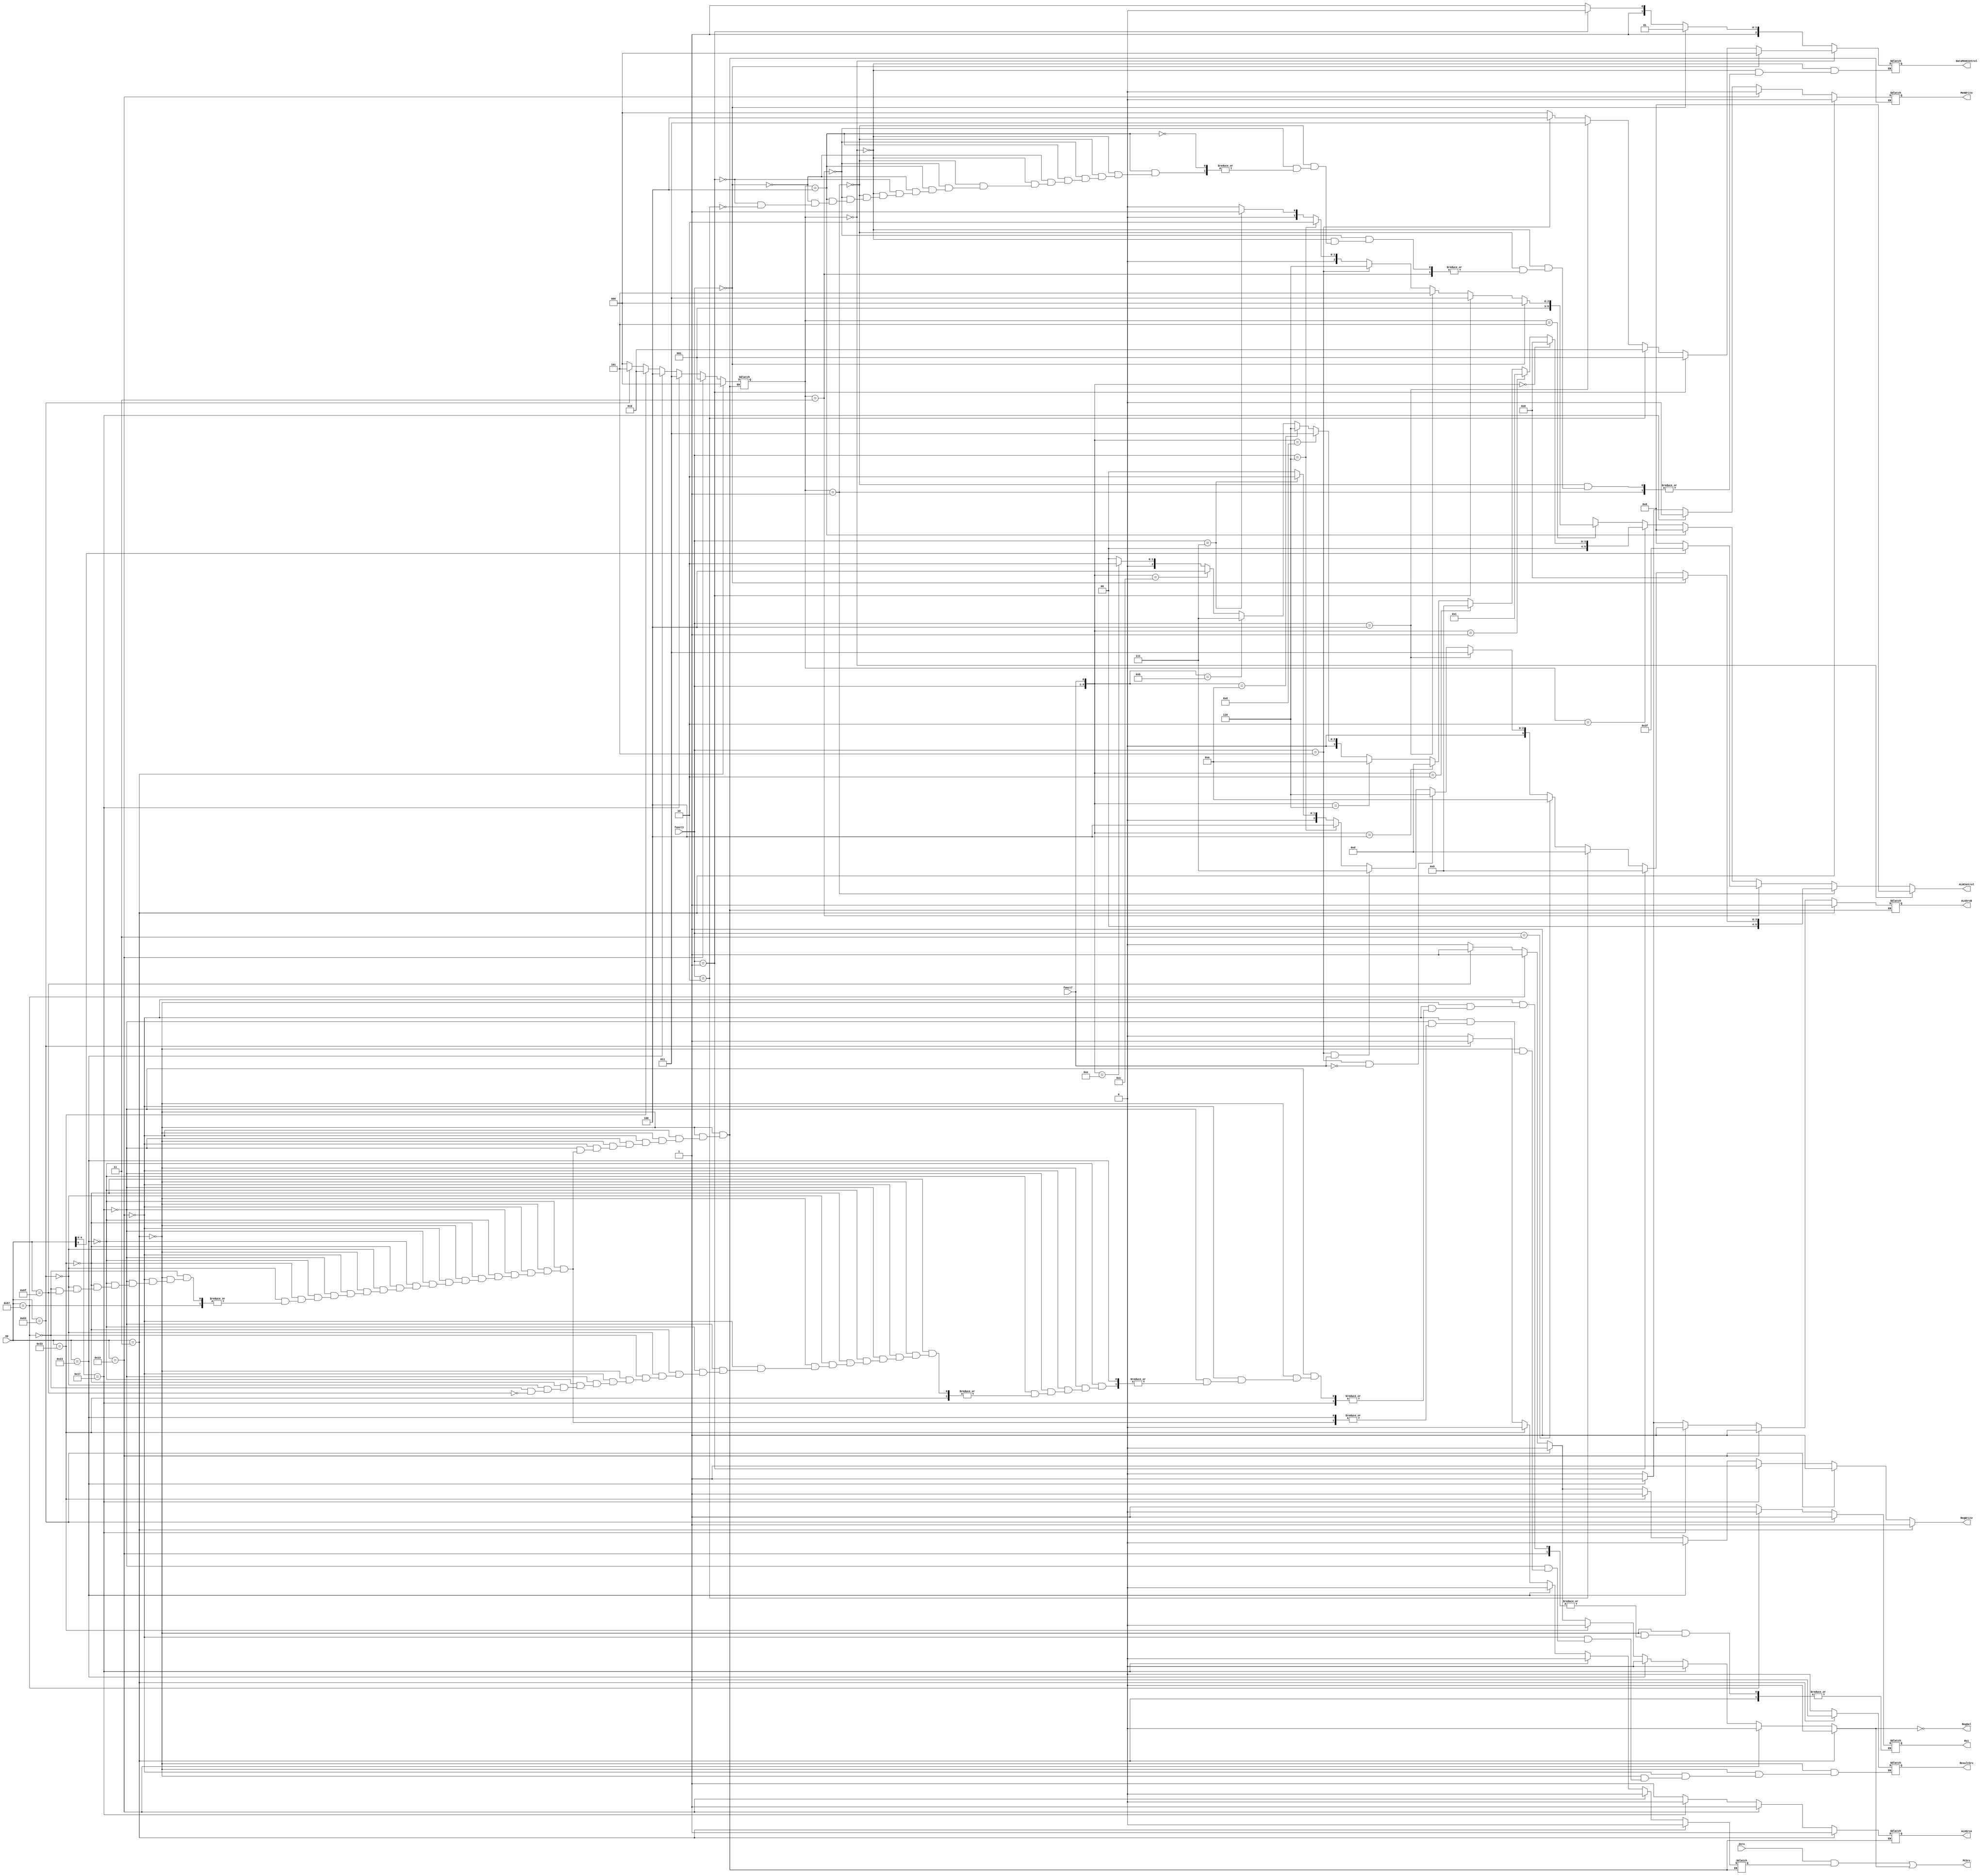
module ControlUnit(
  input [6:0] op,
  input [2:0] funct3,
  input funct7, Zero,
  output PCSrc,
  output reg ResultSrc, MemWrite, ALUSrcA, ALUSrcB, RegWrite, Rs1, 
  output wire RegSel,
  output reg [5:0] ALUControl,
  output reg [2:0] DataMemControl
  );
  reg [2:0] ALUOp;
  reg Branch;
  reg Jal;
  
  /** Main Decoder: */
  always @* begin
    if (op == 7'b0000011) begin               // I type (load) 
      RegWrite  = 1;
      ALUSrcA   = 1;
      ALUSrcB   = 1;
      MemWrite  = 0;
      ResultSrc = 1;
      Branch    = 0; 
      Jal				= 0;
      ALUOp     = 3'd0;
    
    end else if (op == 7'b0010011) begin      // I type (R imm) 
      RegWrite  = 1;
      ALUSrcA   = 1;
      ALUSrcB   = 1;
      MemWrite  = 0;
      ResultSrc = 0; 
      Branch    = 0; 
      Jal				= 0;
      ALUOp     = 3'd1;
      
    end else if (op[4:0] == 5'b10111) begin   // U type 
			RegWrite  = 1;
			ALUSrcA   = 0;
			ALUSrcB   = 1;
			MemWrite  = 0;
			ResultSrc = 0; 
			Branch    = 0; 
			Jal				= 0;
			ALUOp     = 3'd3;
    	
    end else if (op == 7'b0100011) begin      // S type 
      RegWrite  = 0;
      ALUSrcA   = 1;
      ALUSrcB   = 1;
      MemWrite  = 1;
      //ResultSrc = 0; 
      Branch    = 0; 
      Jal				= 0;
      ALUOp     = 3'd4;
    
    end else if (op == 7'b0110011) begin      // R type
      RegWrite  = 1;
      ALUSrcA   = 1;
      ALUSrcB   = 0;
      MemWrite  = 0;
      ResultSrc = 0;
      Branch    = 0;
      Jal				= 0; 
      ALUOp     = 3'd2;
    
    end else if (op == 7'b1100011) begin      // B type
      RegWrite  = 0;
      ALUSrcA   = 1;
      ALUSrcB   = 0;
      MemWrite  = 0;
      Rs1				= 1;
      ResultSrc = 0;
      Branch    = 1; 
      Jal				= 0;
      ALUOp     = 3'd5;
      
    end else if (op == 7'b1100111) begin      // I type (jalr)
      RegWrite  = 1;
      Rs1				= 0;
      Jal				= 1;
      
    end else if (op == 7'b1101111) begin      // J type (jal)
      RegWrite  = 1;
      Rs1				= 1;
      Jal				= 1;
    
    end else begin 
      RegWrite  = 0;
      ALUSrcA   = 1;
      ALUSrcB   = 0;
      MemWrite  = 0;
      ResultSrc = 0;
      Branch    = 0; 
      Jal				= 0;
      ALUOp     = 3'd0;
    end
  end
  
  assign RegSel = ~Jal;
  assign PCSrc = (Zero && Branch) || Jal;
    
  /** ALU Decoder: */
  always @* begin
    
    // I TYPE (load):
    if (ALUOp == 3'd0) begin 
            
      ALUControl = 6'd0;	// adres hesaplama
    	if 			(funct3 == 3'd0)  DataMemControl = 3'd0; 	//lb   
    	else if (funct3 == 3'd1)  DataMemControl = 3'd1; 	//lh 
    	else if (funct3 == 3'd2)  DataMemControl = 3'd2; 	//lw 
    	else if (funct3 == 3'd4)  DataMemControl = 3'd3; 	//lbu
    	else if (funct3 == 3'd5)  DataMemControl = 3'd4; 	//lwu
    	else 											DataMemControl = 3'd0;	
    	
    	
    // I TYPE (load):
    end else if (ALUOp == 3'd1) begin
    	
    	if      (funct3 == 3'b000) 										ALUControl = 6'd0;  //addi
      else if (funct3 == 3'b001) 										ALUControl = 6'd5;  //slli
      else if (funct3 == 3'b010)									  ALUControl = 6'd13; //slti
      else if (funct3 == 3'b011)										ALUControl = 6'd10; //sltiu
      else if (funct3 == 3'b100)										ALUControl = 6'd3;  //xori
      else if (funct3 == 3'b101 & funct7 == 1'b0) 	ALUControl = 6'd6;  //srli
      else if (funct3 == 3'b101 & funct7 == 1'b1) 	ALUControl = 6'd7;  //srai
      else if (funct3 == 3'b110) 										ALUControl = 6'd4;  //ori
      else if (funct3 == 3'b111) 										ALUControl = 6'd2;  //andi
      else 																					ALUControl = 6'd0;
    
    
    // U TYPE:
    end else if (ALUOp == 3'd3) begin
    	
    	if (op[5] == 1) ALUControl = 6'd63; //lui
    	else					  ALUControl = 6'd0; //auipc
    	
    	
    // S TYPE:
    end else if (ALUOp == 3'd4) begin
    
    	ALUControl = 6'd0;																										
      if		  (funct3 == 3'd0) DataMemControl = 3'd5;	//sb
      else if (funct3 == 3'd1) DataMemControl = 3'd6;	//sh
      else if (funct3 == 3'd2) DataMemControl = 3'd7;	//sw
      
      
    // R TYPE:
    end else if (ALUOp == 3'd2) begin 
      
      if      ({funct3,funct7} == 4'b0000) 	ALUControl = 6'd0;  //add
      else if ({funct3,funct7} == 4'b0001) 	ALUControl = 6'd1;  //sub 
      else if ({funct3,funct7} == 4'b0010) 	ALUControl = 6'd5;  //sll
      else if ({funct3,funct7} == 4'b0100) 	ALUControl = 6'd13; //slt 
      else if ({funct3,funct7} == 4'b0110) 	ALUControl = 6'd10; //sltu
      else if ({funct3,funct7} == 4'b1000) 	ALUControl = 6'd3;  //xor
      else if ({funct3,funct7} == 4'b1010) 	ALUControl = 6'd6;  //srl 
      else if ({funct3,funct7} == 4'b1011) 	ALUControl = 6'd7;  //sra 
      else if ({funct3,funct7} == 4'b1100) 	ALUControl = 6'd4;  //or
      else if ({funct3,funct7} == 4'b1110) 	ALUControl = 6'd2;  //and
      else 																	ALUControl = 6'd0;
    
    
    // B TYPE:
    end else if (ALUOp == 3'd5) begin
    	
    	if      (funct3 == 3'b000) 	ALUControl = 6'd8;  //beq
 			else if (funct3 == 3'b001) 	ALUControl = 6'd11;	//bne
 			else if (funct3 == 3'b100)	ALUControl = 6'd13;	//blt
 			else if (funct3 == 3'b101)	ALUControl = 6'd14;	//bge
 			else if (funct3 == 3'b110)	ALUControl = 6'd10;	//bltu
 			else if (funct3 == 3'b111) 	ALUControl = 6'd9;	//bgeu
 			else 												ALUControl = 6'd8;  	      

    
    // Default:
    end else ALUControl = 6'dX;
    
  end



endmodule